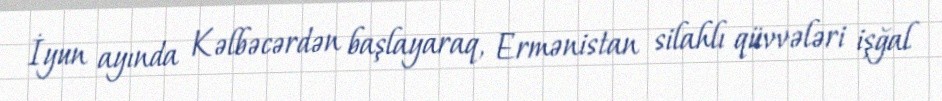
İyun ayında Kəlbəcərdən başlayaraq, Ermənistan silahlı qüvvələri işğal